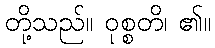
တို့သည်။ ဝုစ္စတိ၊ ၏။